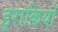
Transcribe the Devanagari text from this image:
इराक़ियों